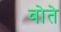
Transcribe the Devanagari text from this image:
वोते